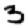
Digit: 3